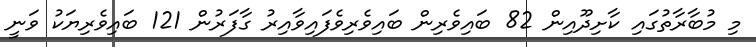
މި މުބާރާތުގައި ކާށިދޫއިން 82 ބައިވެރިން ބައިވެެރިވެފައިވާއިރު ގާފަރުން 121 ބައިވެރިޔަކު ވަނީ